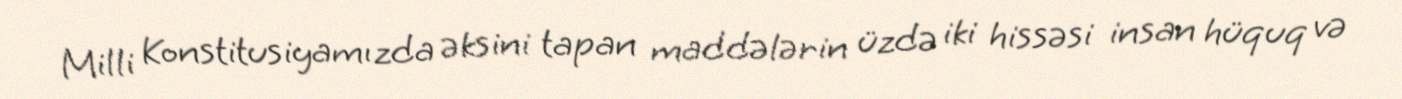
Milli Konstitusiyamızda əksini tapan maddələrin üzdə iki hissəsi insan hüquq və